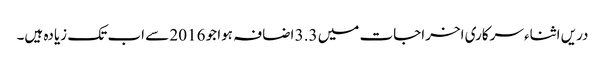
دریں اثناء سرکاری اخراجات میں 3.3 اضافہ ہوا جو 2016 سے اب تک زیادہ ہیں۔